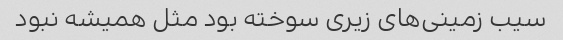
سیب زمینی‌های زیری سوخته بود مثل همیشه نبود